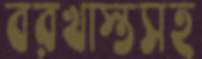
বরখাস্তসহ